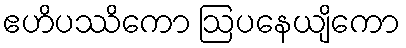
ဧဟိပဿိကော ဩပနေယျိကော